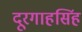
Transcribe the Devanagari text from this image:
दूरगाहसिंह